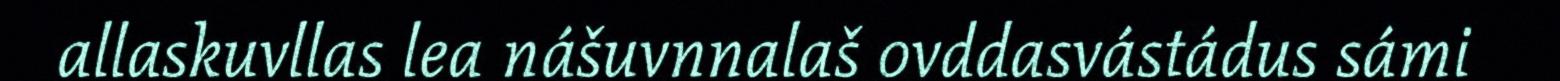
allaskuvllas lea nášuvnnalaš ovddasvástádus sámi